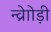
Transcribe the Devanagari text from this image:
न्व्रेाोड़ी